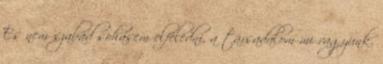
És nem szabad sohasem elfeledni, a társadalom mi vagyunk.